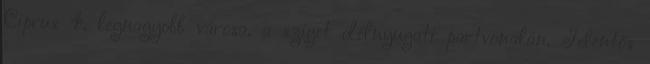
Ciprus 4. legnagyobb városa, a sziget délnyugati partvonalán. Jelentős